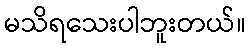
မသိရသေးပါဘူးတယ်။